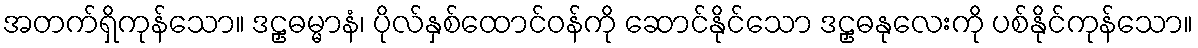
အတက်ရှိကုန်သော။ ဒဠှဓမ္မာနံ၊ ပိုလ်နှစ်ထောင်ဝန်ကို ဆောင်နိုင်သော ဒဠှဓနုလေးကို ပစ်နိုင်ကုန်သော။